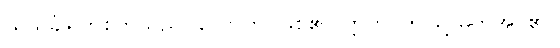
သသင်္ခါရိကစိတ်သည်။ ဟောတိ၊ ဖြစ်၏။ ဣတိ၊ ဤသို့ မှတ်အပ်၏။